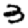
Digit: 3